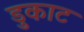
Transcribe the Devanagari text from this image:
डुकाट